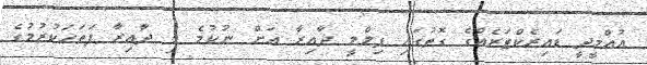
އުއްމީދީ ޑައިރެކްޓަރެއްގެ ގޮތުގައި ފިލްމީ ދާއިރާ އަށް ނުކުމެ މި ދާއިރާ ފަތަހަކުރުމުގެ